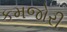
કમજોરી